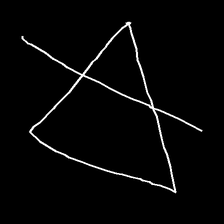
Glyph: empower